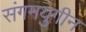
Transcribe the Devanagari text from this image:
संगमयुगीन